Document type: Acquittal of debt
Year: 1424
Scribe: Francesc de Casanoves
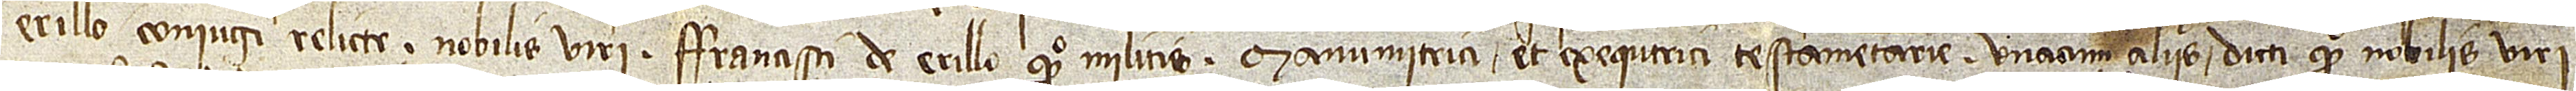
Erillo, coniugi relicte nobilis viri Francisci de Erillo, quondam, militis, manumitrici et exequtrici testamentarie una cum aliis dicti quondam nobilis viri